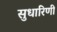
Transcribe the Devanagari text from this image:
सुधारिणी